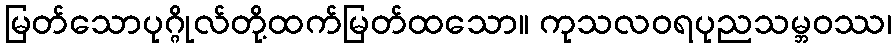
မြတ်သောပုဂ္ဂိုလ်တို့ထက်မြတ်ထသော။ ကုသလဝရပုညသမ္ဘဝဿ၊